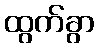
ထွက်ခွာ